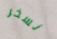
نسخر